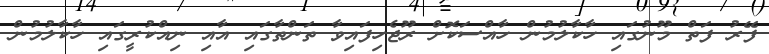
ފޭރު ފަތް މޫނުގައި ހާކާލުމުން ހާއްސަކޮށް ރޫޖެހިފައިވާ ތަންތާގައި އާއި ނިއްކުރީގައި ހާކާލުމުން